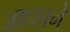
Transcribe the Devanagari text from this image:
जाधवने